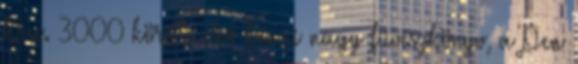
Kr.e. 3000 körüli első kínai nagy füvészkönyv, a Pen